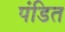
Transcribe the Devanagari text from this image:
पंडित